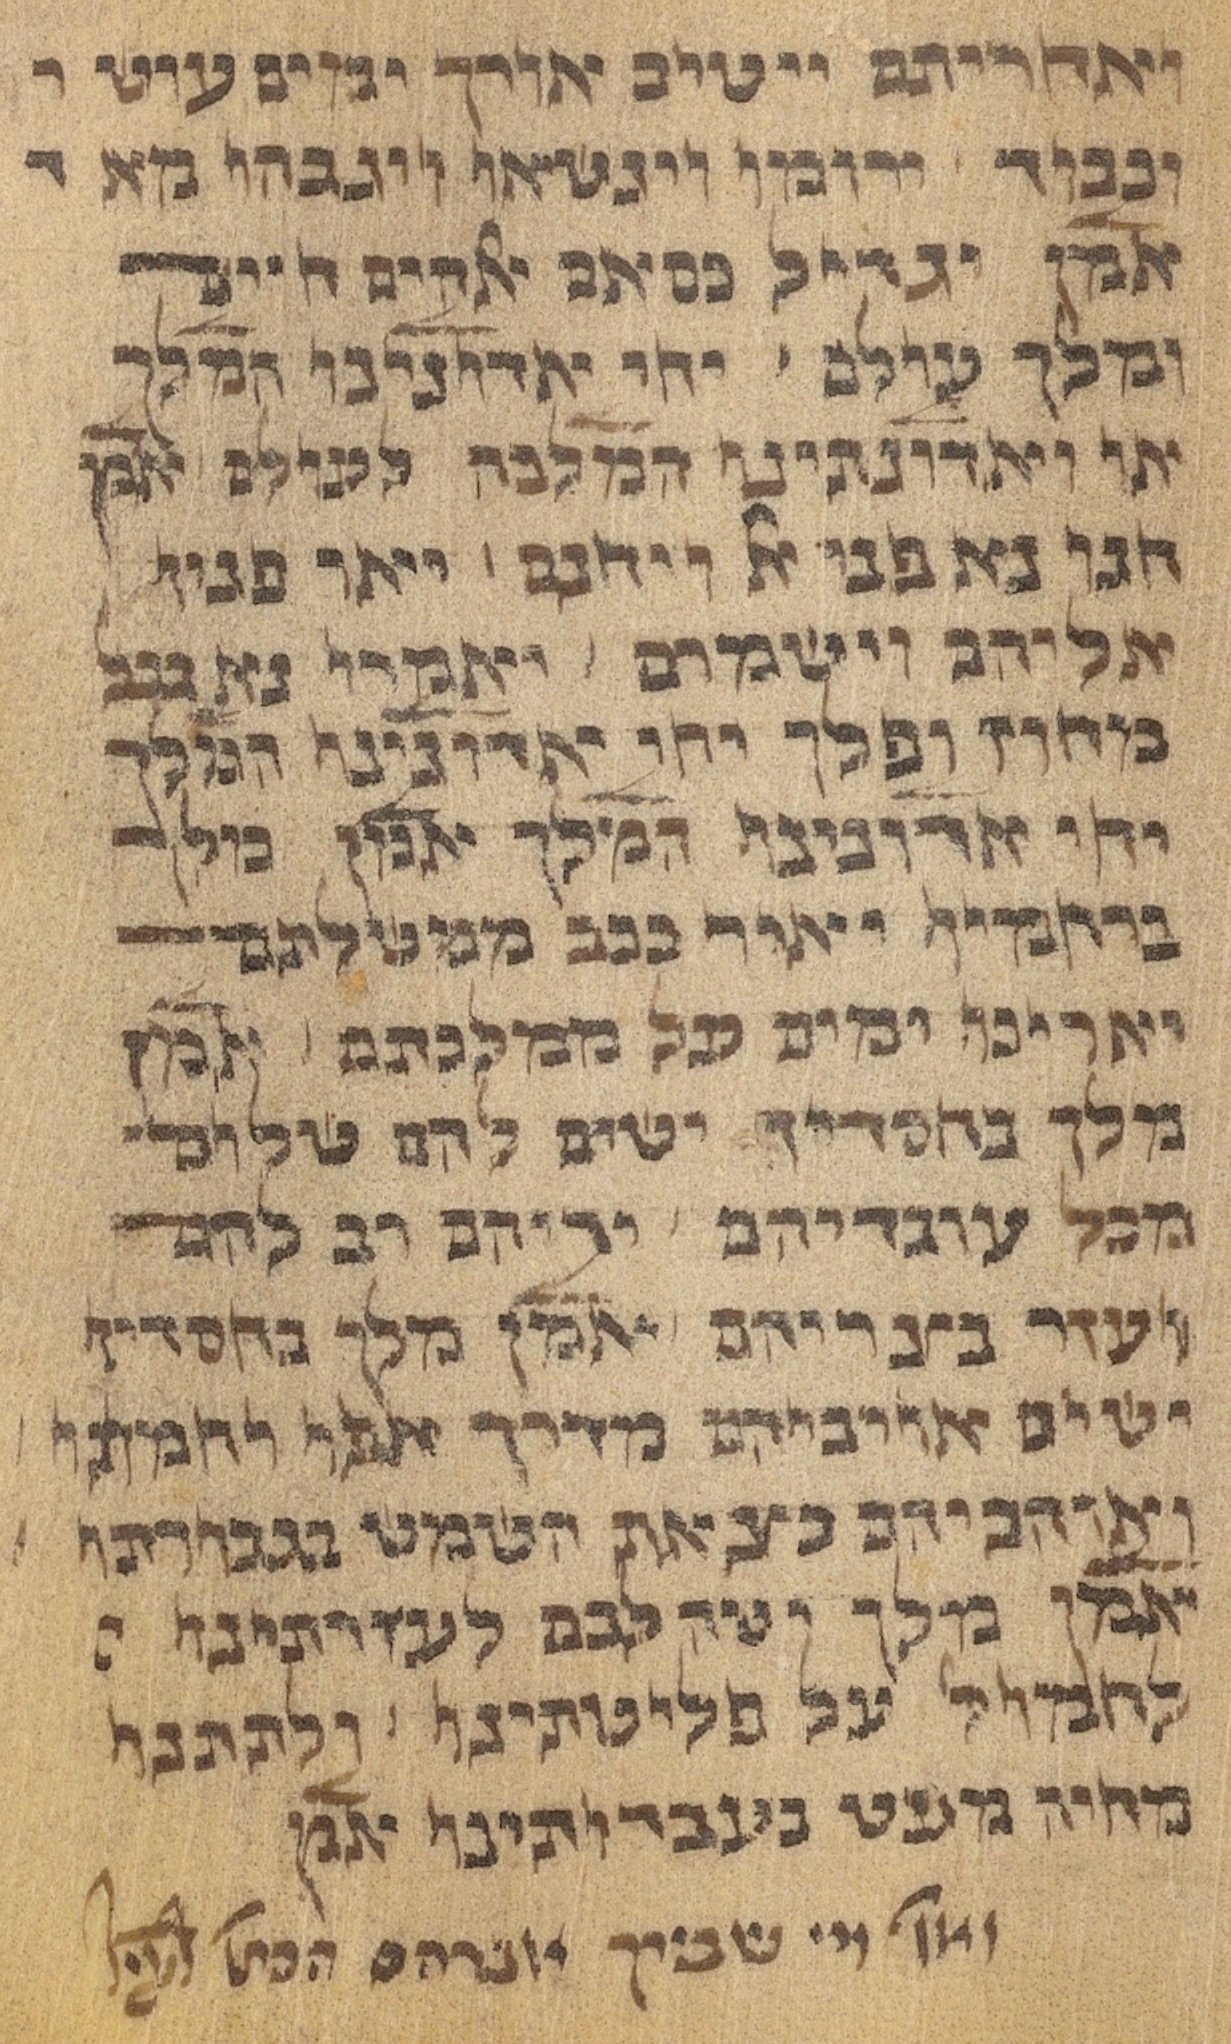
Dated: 1450–1499